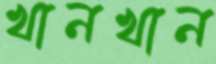
খানখান